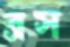
ব্রস